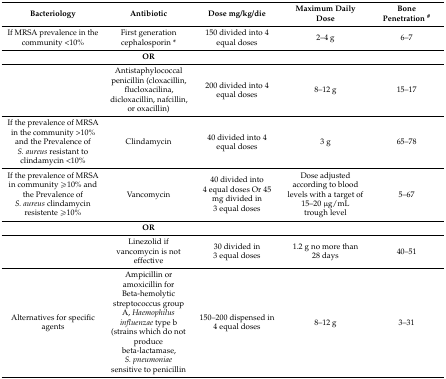
| Bacteriology | Antibiotic | Dose mg/kg/die | Maximum Daily Dose | Bone Penetration # |
 | --- | --- | --- | --- | --- |
 | If MRSA prevalence in the community <10% | First generation cephalosporin * | 150 divided into 4 equal doses | 2–4 g | 6–7 |
 |  | OR |  |  |  |
 |  | Antistaphylococcal penicillin (cloxacillin, flucloxacilina, dicloxacillin, nafcillin, or oxacillin) | 200 divided into 4 equal doses | 8–12 g | 15–17 |
 | If the prevalence of MRSA in the community >10% and the Prevalence of S. aureus resistant to clindamycin <10% | Clindamycin | 40 divided into 4 equal doses | 3 g | 65–78 |
 | If the prevalence of MRSA in community ≥10% and the Prevalence of S. aureus clindamycin resistente ≥10% | Vancomycin | 40 divided into 4 equal doses Or 45 mg divided in 3 equal doses | Dose adjusted according to blood levels with a target of 15–20 μg/mL trough level | 5–67 |
 |  | OR |  |  |  |
 |  | Linezolid if vancomycin is not effective | 30 divided in 3 equal doses | 1.2 g no more than 28 days | 40–51 |
 | Alternatives for specific agents | Ampicillin or amoxicillin for Beta-hemolytic streptococcus group A, Haemophilus influenzae type b (strains which do not produce beta-lactamase, S. pneumoniae sensitive to penicillin | 150–200 dispensed in 4 equal doses | 8–12 g | 3–31 |